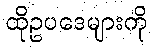
ထိုဥပဒေများကို